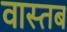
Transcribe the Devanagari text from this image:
वास्तब